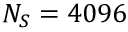
N _ { S } = 4 0 9 6